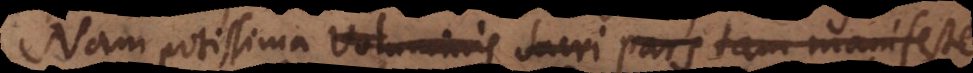
Nam potissima Voluminis Sacri pars tam manifeste